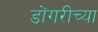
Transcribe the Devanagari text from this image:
डोंगरीच्या